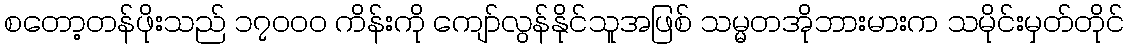
စတော့တန်ဖိုးသည် ၁၇၀၀၀ ကိန်းကို ကျော်လွန်နိုင်သူအဖြစ် သမ္မတအိုဘားမားက သမိုင်းမှတ်တိုင်